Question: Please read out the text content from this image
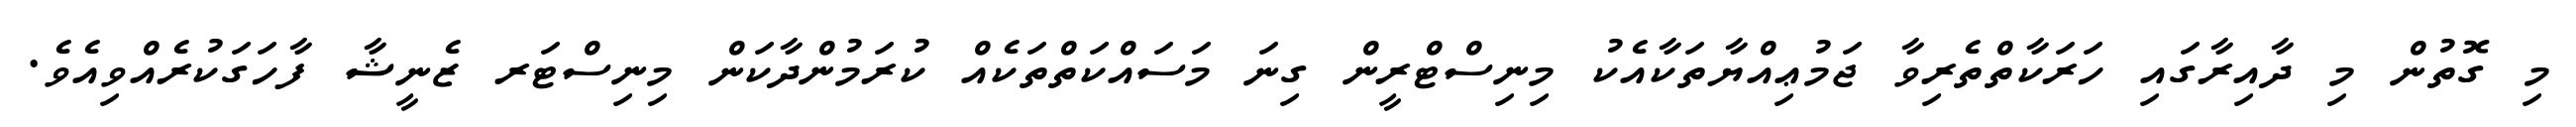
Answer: މި ގޮތުން މި ދާއިރާގައި ހަރަކާތްތެރިވާ ޖަމުޢިއްޔާތަކާއެކު މިނިސްޓްރީން ގިނަ މަސައްކަތްތަކެއް ކުރަމުންދާކަން މިނިސްޓަރ ޒެނީޝާ ފާހަގަކުރެއްވިއެވެ.